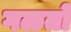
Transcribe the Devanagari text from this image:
गळतो